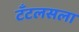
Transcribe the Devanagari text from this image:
टँटलसला